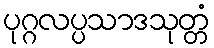
ပုဂ္ဂလပ္ပသာဒသုတ္တံ